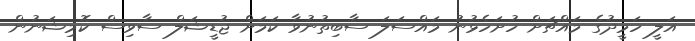
އަލީ ހަމީދުގެ މައްޗަށް ހުށަހެޅުނު މައްސަލަ ސާބިތުނުވާ ކަމަށް ޖުޑީޝަލް ސާވިސް ކޮމިޝަނުން